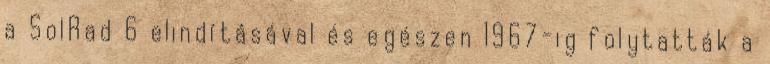
a SolRad 6 elindításával és egészen 1967-ig folytatták a